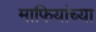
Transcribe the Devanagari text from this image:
माफियांच्या